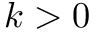
k > 0